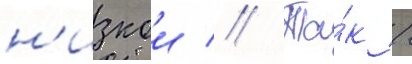
н'изкои // Та́к /